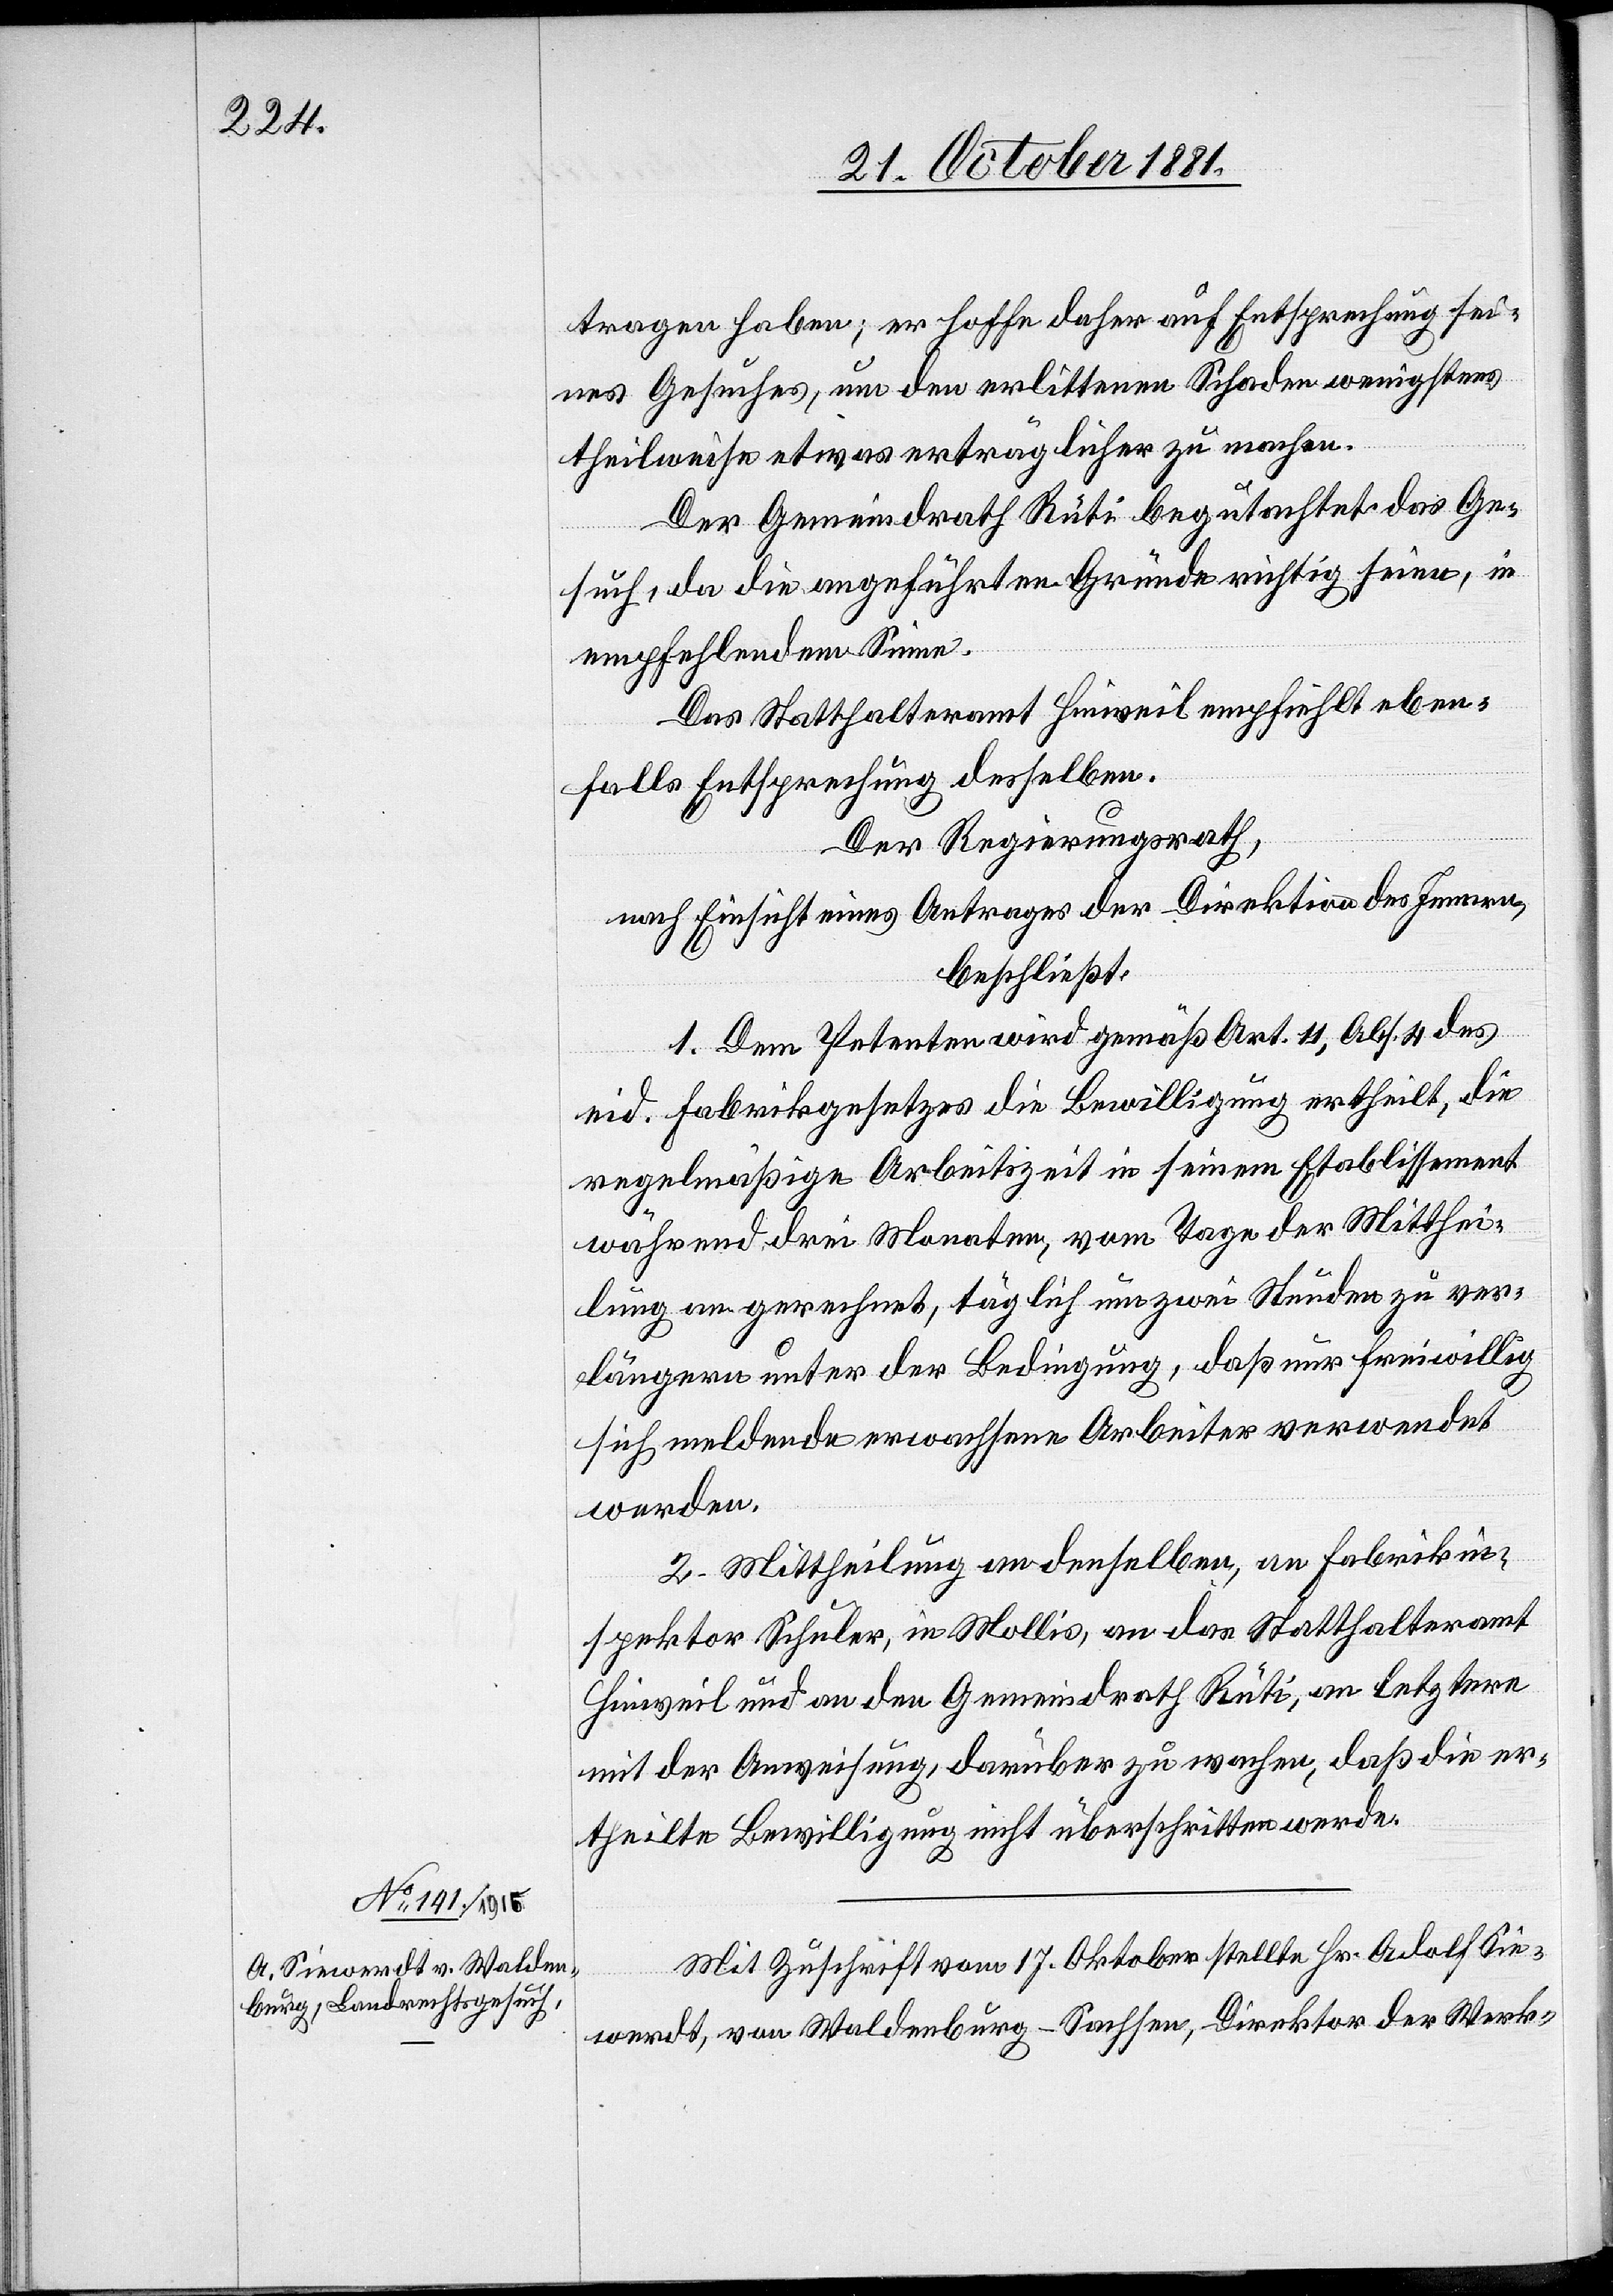
tragen haben; er hoffe daher auf Entsprechung sei¬
nes Gesuches, um den erlittenen Schaden wenigstens
theilweise etwas erträglicher zu machen.
Der Gemeindrath Rüti begutachtet das Ge¬
such, da die angeführten Gründe richtig seien, in
empfehlendem Sinne.
Das Statthalteramt Hinweil empfiehlt eben¬
falls Entsprechung desselben.
Der Regierungsrath,
nach Einsicht eines Antrages der Direktion des Innern,
beschließt:
1. Dem Petenten wird gemäß Art. 11, Abs. 4 des
eid. Fabrikgesetzes die Bewilligung ertheilt, die
regelmäßige Arbeitszeit in seinem Etablissement
während drei Monaten, vom Tage der Mitthei¬
lung an gerechnet, täglich um zwei Stunden zu ver¬
längern, unter der Bedingung, daß nur freiwillig
sich meldende erwachsene Arbeiter verwendet
werden.
2. Mittheilung an denselben, an Fabrikin¬
spektor Schuler, in Mollis, an das Statthalteramt
Hinweil und an den Gemeindrath Rüti, an letztern
mit der Anweisung, darüber zu wachen, daß die er¬
theilte Bewilligung nicht überschritten werde.
Mit Zuschrift vom 17. Oktober stellte Hr. Adolf Sie¬
werdt, von Waldenburg - Sachsen, Direktor der Werk-